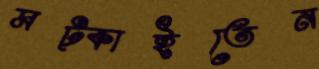
মট্‌কাইতেন